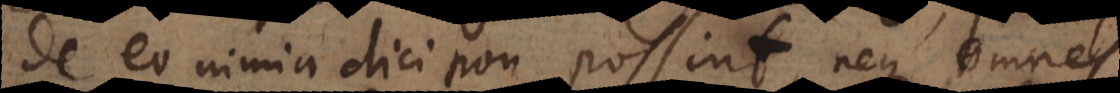
de eo nimia dici non possint, neque omnes